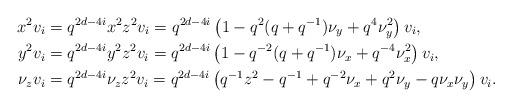
LaTeX: \begin{align*}x^2 v_i &= q^{2d-4i}x^2z^2v_i = q^{2d-4i}\left(1-q^2(q+q^{-1})\nu_y+q^4\nu_y^2\right)v_i,\\y^2 v_i &= q^{2d-4i} y^2 z^2 v_i = q^{2d-4i}\left(1 - q^{-2}(q+q^{-1})\nu_x + q^{-4}\nu_x^2\right)v_i,\\\nu_zv_i &= q^{2d-4i} \nu_z z^2 v_i = q^{2d-4i}\left(q^{-1}z^2 - q^{-1}+q^{-2}\nu_x + q^2 \nu_y - q \nu_x \nu_y\right)v_i.\end{align*}